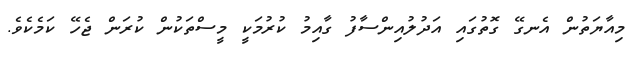
މިއާޔަތުން އެނގޭ ގޮތުގައި އަދުލުއިންސާފު ގާއިމު ކުރުމަކީ މީސްތަކުން ކުރަން ޖެހޭ ކަމެކެވެ.